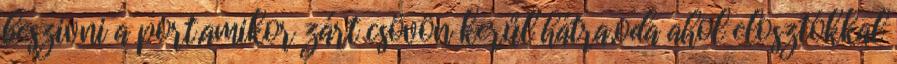
beszivni a port,amikor zárt csövön kerűl hátra,oda ahol elosztókkal